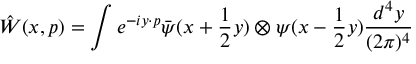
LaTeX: \hat { W } ( x , p ) = \int e ^ { - i y \cdot p } \bar { \psi } ( x + \frac { 1 } { 2 } y ) \otimes \psi ( x - \frac { 1 } { 2 } y ) \frac { d ^ { 4 } y } { ( 2 \pi ) ^ { 4 } }